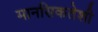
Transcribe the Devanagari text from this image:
मानसिकतेशी